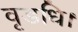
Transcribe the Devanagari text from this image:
वृडधि।